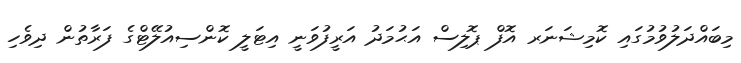
މިބައްދަލުވުމުގައި ކޮމިޝަނަރ އޮފް ޕޮލިސް އަޙުމަދު އަރީފުވަނީ އިޓަލީ ކޮންސިއުލޭޓްގެ ފަރާތުން ދިވެހި